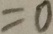
= 0